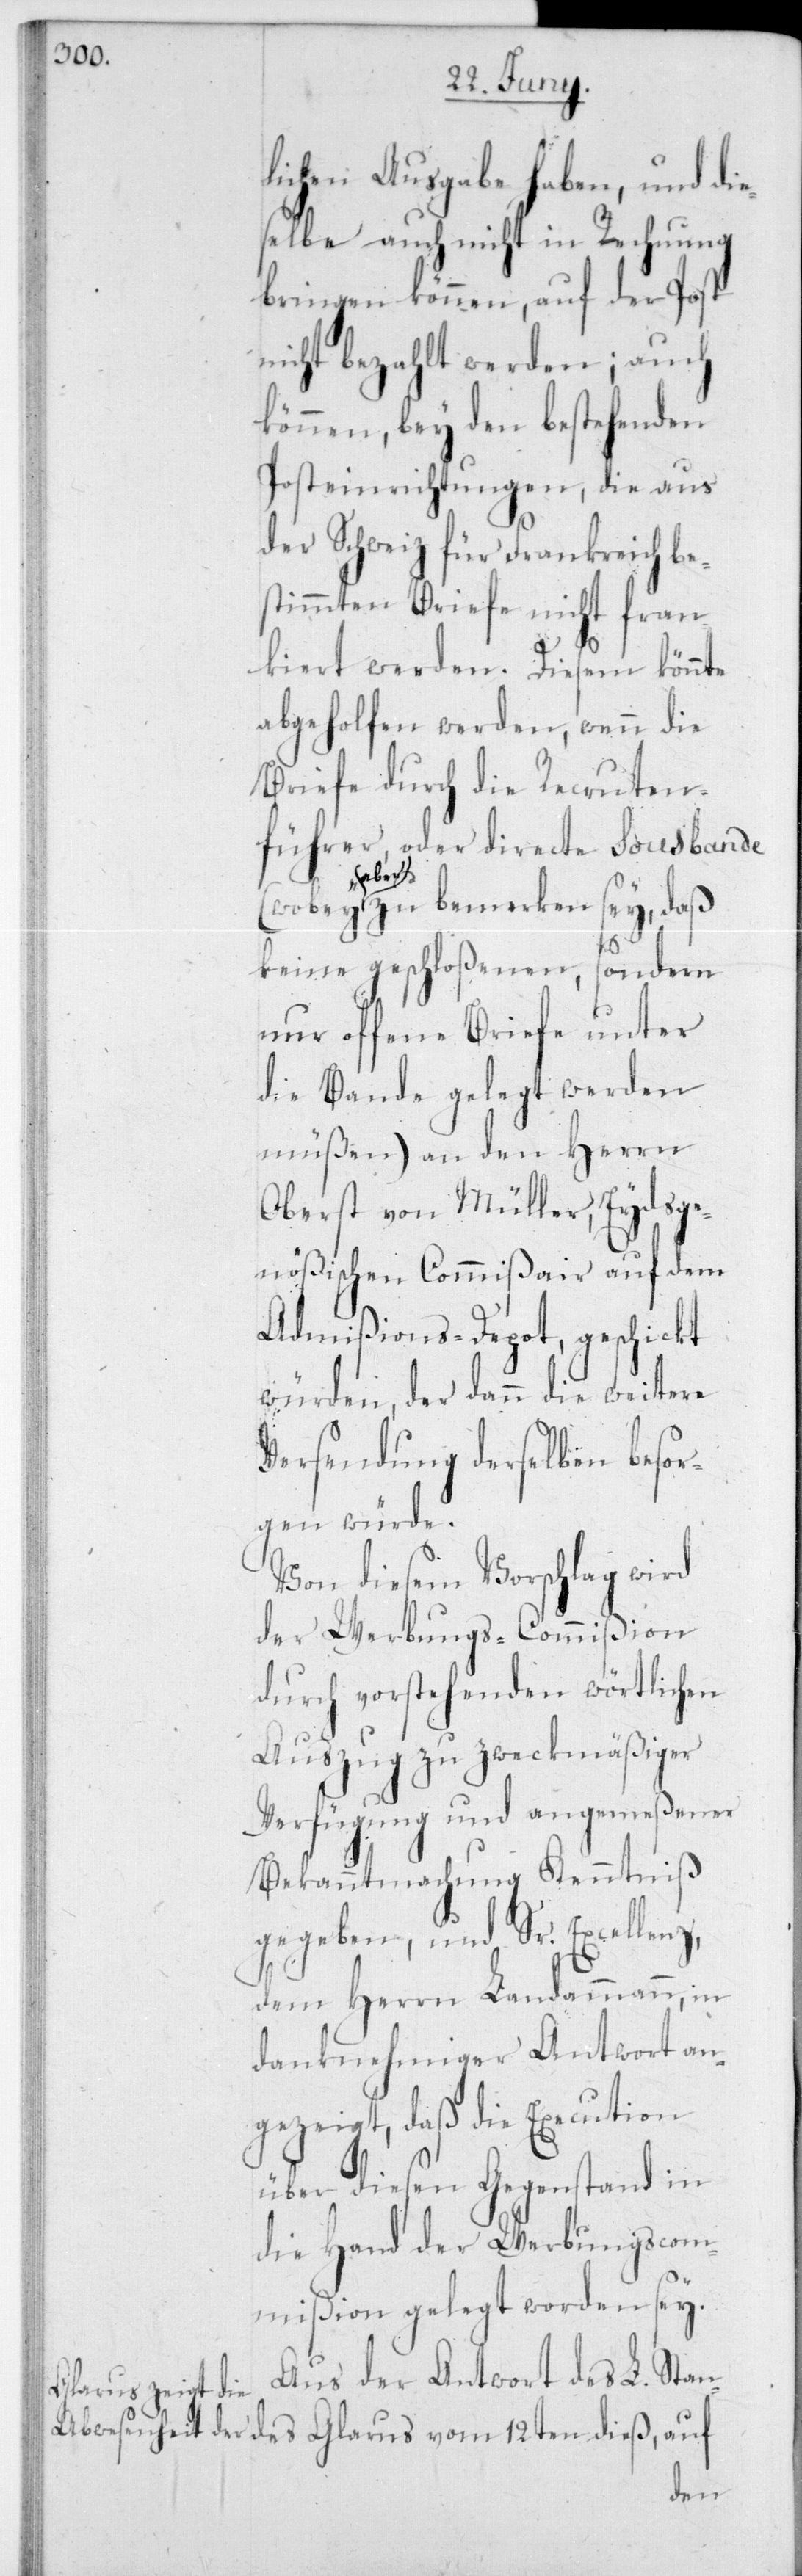
lichen Ausgabe haben, und di¬
eselbe auch nicht in Rechnung
bringen können, auf der Post
nicht bezahlt werden; auch
können, bey den bestehenden
Posteinrichtungen, die aus
der Schweiz für Frankreich be¬
stimmten Briefe nicht fran¬
kiert werden. Diesem könnte
abgeholfen werden, wenn die
Briefe durch die Recruten¬
führer, oder directe Sousbande
aber zu bemerken sey, daß
keine geschloßenen, sondern
nur offene Briefe unter
die Bande gelegt werden
müßen) an den Herrn
Oberst von Müller, Eydsge¬
nößischen Commißair auf dem
Admißions-Depot, geschickt
würden, der dann die weitere
Versendung derselben besor¬
gen würde.
Von diesem Vorschlag wird
der Werbungs-Commißion
durch vorstehenden wörtlichen
Auszug zu zweckmäßiger
Verfügung und angemeßener
Bekanntmachung Kenntniß
gegeben, und Sr. Excellenz,
dem Herrn Landammann,
danknehmiger Antwort an¬
gezeigt, daß die Execution
über diesen Gegenstand in
die Hand der Werbungscom¬
mißion gelegt worden sey.
Aus der Antwort des L. Stan¬
des